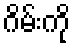
ဂိမ်းကို